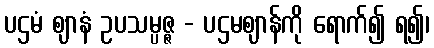
ပဌမံ ဈာနံ ဥပသမ္ပဇ္ဇ - ပဌမဈာန်ကို ရောက်၍ ရ၍၊